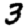
Digit: 3